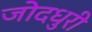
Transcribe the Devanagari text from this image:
जोदधुरी